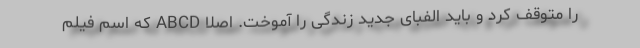
را متوقف کرد و باید الفبای جدید زندگی را آموخت. اصلا ABCD که اسم فیلم